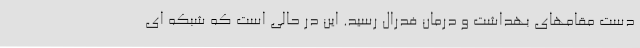
دست مقامهای بهداشت و درمان فدرال رسید. این در حالی است که شبکه ای